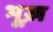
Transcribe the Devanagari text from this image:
भूख़